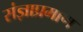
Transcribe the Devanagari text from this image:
संज्ञाप्रमाण